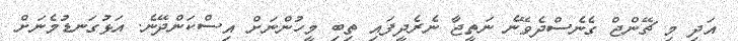
އަދި މި ޗޭންޖް ގެނެސްދެވޭނެ ނަތީޖާ ނެރެދީފައި ތިބި މީހުންނަށް އިސްކަންދޭނެ. އަޅުގަނޑުމެނަށް